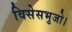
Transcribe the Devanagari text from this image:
विसेसभुजो।